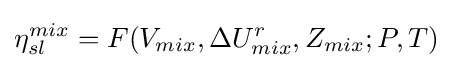
\eta _{sl}^{mix}=F(V_{mix},\Delta U_{mix}^{r},Z_{mix};P,T)